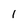
Character: 1